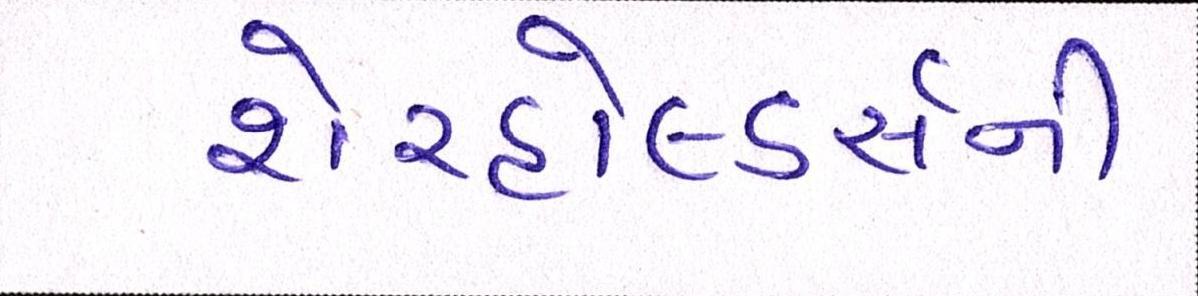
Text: શેરહોલ્ડર્સની